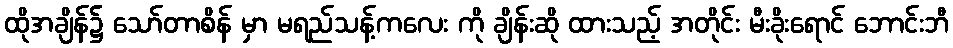
ထိုအချိန်၌ သော်တာစိန် မှာ မရည်သန့်ကလေး ကို ချိန်းဆို ထားသည့် အတိုင်း မီးခိုးရောင် ဘောင်းဘီ